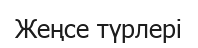
Жеңсе түрлері